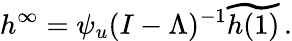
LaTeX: h^{\infty}=\psi_{u}(I-\Lambda)^{-1}\widetilde{h(1)}\, .